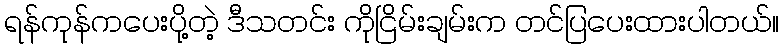
ရန်ကုန်ကပေးပို့တဲ့ ဒီသတင်း ကိုငြိမ်းချမ်းက တင်ပြပေးထားပါတယ်။